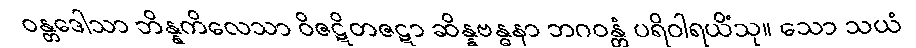
ဝန္တဒေါသာ ဘိန္နကိလေသာ ဝိဇဋိတဇဋာ ဆိန္နဗန္ဓနာ ဘဂဝန္တံ ပရိဝါရယိံသု။ သော သယံ